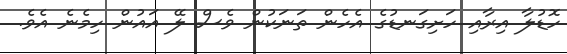
ހޮޑުލާ އިރާއި ހަށިގަނޑުގެ އެހެން ތަނަކުން ވެސް ލޭ އައުން ހިމެނެ އެވެ.